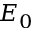
E _ { 0 }